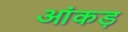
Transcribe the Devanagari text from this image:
आंकड़